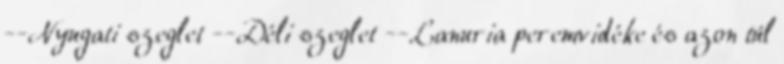
--Nyugati szeglet --Déli szeglet --Lanuria peremvidéke és azon túl